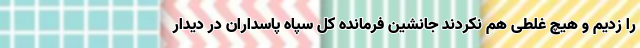
را زدیم و هیچ غلطی هم نکردند جانشین فرمانده کل سپاه پاسداران در دیدار